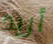
أريد